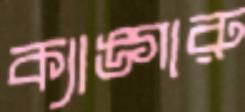
ক্যাঙ্গারু